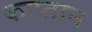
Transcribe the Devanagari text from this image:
काप्तान